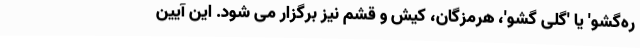
ره‌گشو' یا 'گلی گشو'، هرمزگان، کیش و قشم نیز برگزار می شود. این آیین